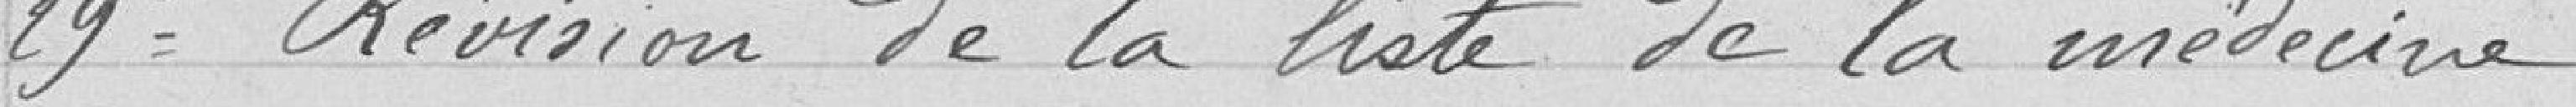
29° Révision de la liste de la médecine.